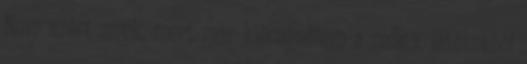
Nem azért sírok, mert már kiöregedtem a reflex játékokból